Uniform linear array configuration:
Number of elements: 12
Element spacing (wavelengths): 0.5
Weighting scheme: hann
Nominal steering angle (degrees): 0
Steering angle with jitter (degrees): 1.991
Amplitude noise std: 0.05
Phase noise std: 0.05

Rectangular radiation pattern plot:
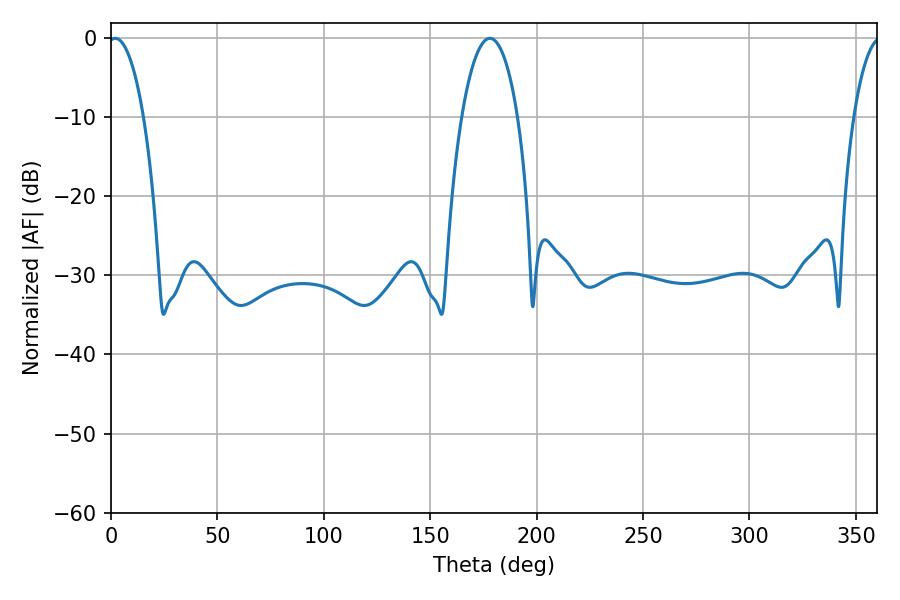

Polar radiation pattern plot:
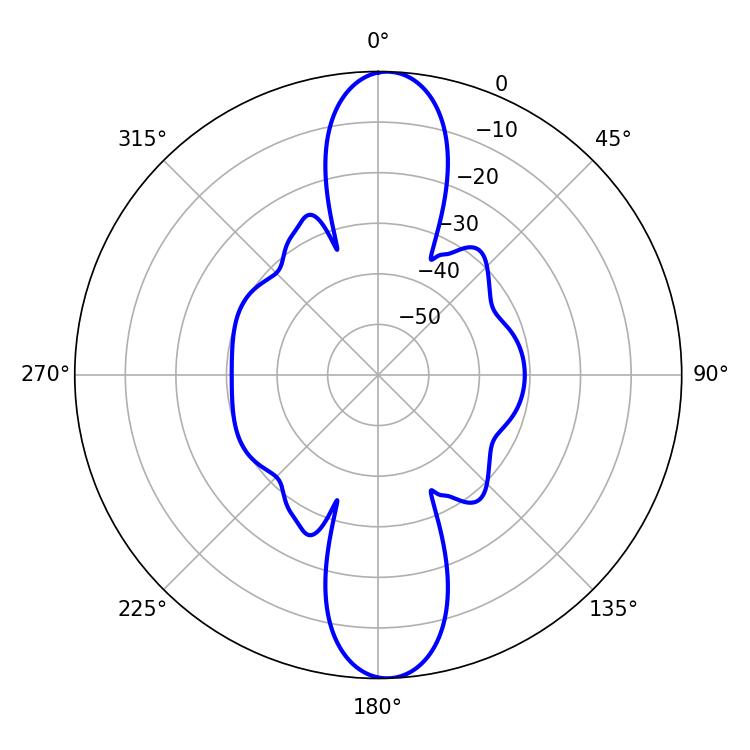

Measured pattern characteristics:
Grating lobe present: FALSE
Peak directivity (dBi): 20.258
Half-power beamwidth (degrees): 9.36
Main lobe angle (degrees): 1.98